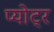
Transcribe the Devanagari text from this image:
प्योट्र